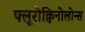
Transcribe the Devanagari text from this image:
फ्लूरोक्विनोलोन्स